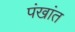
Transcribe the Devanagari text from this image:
पंखांत